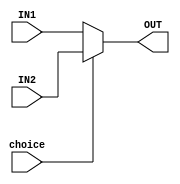
`timescale 1ns / 1ps
//////////////////////////////////////////////////////////////////////////////////
// Company: 
// Engineer: 
// 
// Design Name: 
// Module Name: MUX_2
// Project Name: 
// Target Devices: 
// Tool Versions: 
// Description: 
// 
// Dependencies: 
// 
// Revision:
// Revision 0.01 - File Created
// Additional Comments:
// 
//////////////////////////////////////////////////////////////////////////////////


module MUX_2(IN1, IN2, choice, OUT);
input [31:0]IN1;
input [31:0]IN2;
input choice;
output [31:0] OUT;

assign OUT= (choice==0)? IN1: IN2;
endmodule


module MUX_4(IN1, IN2, IN3, IN4, choice, OUT);
input [31:0]IN1;
input [31:0]IN2;
input [31:0]IN3;
input [31:0]IN4;
input [1:0]choice;
output [31:0]OUT;

assign OUT = (choice==0)? IN1:
			 (choice==1)? IN2:
			 (choice==2)? IN3: IN4;
endmodule


// module MUX_5_32(IN1, IN2, IN3, IN4, IN5, choice, OUT);
// input [31:0]IN1;
// input [31:0]IN2;
// input [31:0]IN3;
// input [31:0]IN4;
// input [31:0]IN5;
// input [2:0]choice;
// output [31:0]OUT;

// assign OUT = (choice==1)? IN2:
			 // (choice==2)? IN3:
			 // (choice==3)? IN4:
			 // (choice==4)? IN5: IN1;
		
// endmodule

module MUX_8_32(IN1, IN2, IN3, IN4, IN5, IN6, IN7, IN8, choice, OUT);
input [31:0]IN1;
input [31:0]IN2;
input [31:0]IN3;
input [31:0]IN4;
input [31:0]IN5;
input [31:0]IN6;
input [31:0]IN7;
input [31:0]IN8;
input [2:0]choice;
output [31:0]OUT;

assign OUT = (choice==1)? IN2:
			 (choice==2)? IN3:
			 (choice==3)? IN4:
			 (choice==4)? IN5:
			 (choice==5)? IN6: 
			 (choice==6)? IN7:
			 (choice==7)? IN8: IN1;
		
endmodule

module MUX_4_8(IN1, IN2, IN3, IN4, choice, OUT);
input [7:0]IN1;
input [7:0]IN2;
input [7:0]IN3;
input [7:0]IN4;
input [1:0]choice;
output [7:0]OUT;

assign OUT = (choice==0)? IN1:
			 (choice==1)? IN2:
			 (choice==2)? IN3: IN4;
endmodule